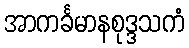
အာကင်္ခမာနစုဒ္ဒသကံ